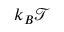
k _ { B } \mathcal { T }